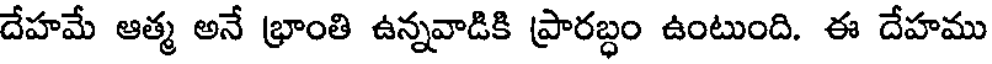
దేహమే ఆత్మ అనే భ్రాంతి ఉన్నవాడికి ప్రారబ్ధం ఉంటుంది. ఈ దేహము